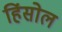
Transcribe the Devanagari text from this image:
हिंसोल